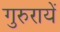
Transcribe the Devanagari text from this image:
गुरुरायें